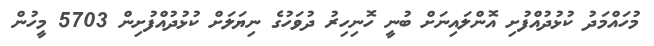
މުހައްމަދު ކުޅުދުއްފުށި އޮންލައިނަށް ބުނީ ހޮނިހިރު ދުވަހުގެ ނިޔަލަށް ކުޅުދުއްފުށިން 5703 މީހުން